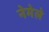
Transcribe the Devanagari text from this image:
नेमेले